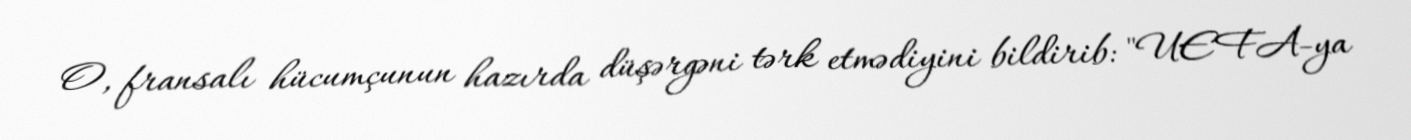
O, fransalı hücumçunun hazırda düşərgəni tərk etmədiyini bildirib: "UEFA-ya